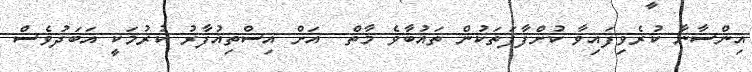
އިންސާނާ ކުރެވިފައިވާ ކުށްފާފަތަކުން ތައުބާވެ މާތް  އަށް އިސްތިޣުފާރު ކުރުމަކީ އަބަދުވެސް